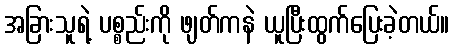
အခြားသူရဲ့ ပစ္စည်းကို ဖျတ်ကနဲ ယူပြီးထွက်ပြေးခဲ့တယ်။